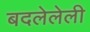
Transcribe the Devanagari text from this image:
बदलेलेली